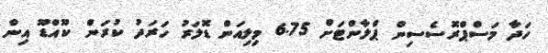
ހަދާ މަސްޕްރޮސެސިން ޕްލާންޓަށް 6.75 މިލިއަން ޑޮލަރު ހަރަދު ކުރަން ކޫއްޑޫ އިން